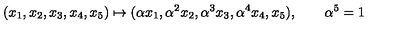
( x _ { 1 } , x _ { 2 } , x _ { 3 } , x _ { 4 } , x _ { 5 } ) \mapsto ( \alpha x _ { 1 } , \alpha ^ { 2 } x _ { 2 } , \alpha ^ { 3 } x _ { 3 } , \alpha ^ { 4 } x _ { 4 } , x _ { 5 } ) , \qquad \alpha ^ { 5 } = 1